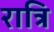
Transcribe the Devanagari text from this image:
रात्रि